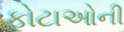
ફોટાઓની